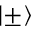
\lvert \pm \rangle